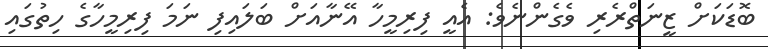
ބޮޑަކަށް ޒީނަތްރެރި ވެގެންނެވެ: އެއީ ފިރިމީހާ އޭނާއަށް ބަލައިފި ނަމަ ފިރިމީހާގެ ހިތުގައި